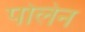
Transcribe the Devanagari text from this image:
पोलेन